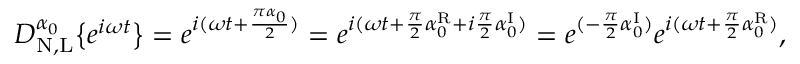
D _ { \mathrm { N , L } } ^ { \alpha _ { 0 } } \big \{ { e ^ { i \omega t } \big \} } = e ^ { i ( \omega t + \frac { \pi \alpha _ { 0 } } { 2 } ) } = e ^ { i ( \omega t + \frac { \pi } { 2 } \alpha _ { 0 } ^ { \mathrm { R } } + i \frac { \pi } { 2 } \alpha _ { 0 } ^ { \mathrm { I } } ) } = e ^ { ( - \frac { \pi } { 2 } \alpha _ { 0 } ^ { \mathrm { I } } ) } e ^ { i ( \omega t + \frac { \pi } { 2 } \alpha _ { 0 } ^ { \mathrm { R } } ) } ,